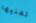
تعنيها